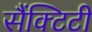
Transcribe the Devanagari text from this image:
सैंक्टिटी